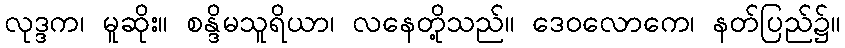
လုဒ္ဒက၊ မူဆိုး။ စန္ဒိမသူရိယာ၊ လနေတို့သည်။ ဒေဝလောကေ၊ နတ်ပြည်၌။